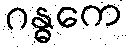
ဂန္ဓကေ